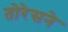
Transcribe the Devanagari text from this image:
तोरेसने